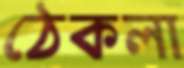
ঠেকলা